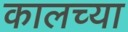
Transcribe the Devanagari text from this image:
कालच्या